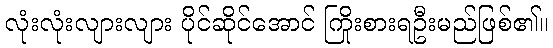
လုံးလုံးလျားလျား ပိုင်ဆိုင်အောင် ကြိုးစားရဦးမည်ဖြစ်၏။